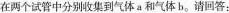
在两个试管中分别收集到气体a和气体b。请回答：